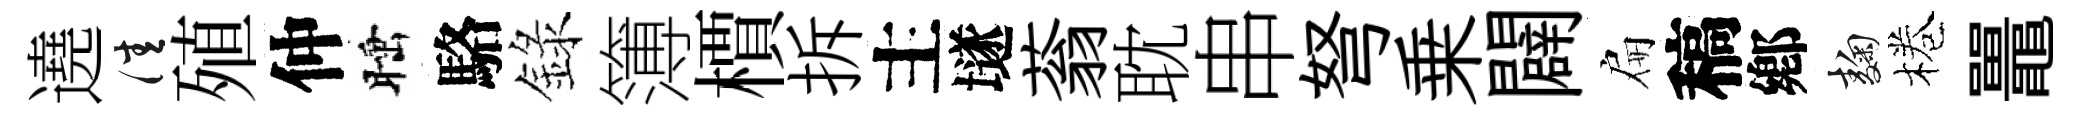
遶佳殖仲睡駱錄簿檟拆主𡑞蓊耽串弩乗闢扁稿鄕麹棬鼉